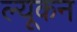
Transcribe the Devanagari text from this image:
ल्यूकन